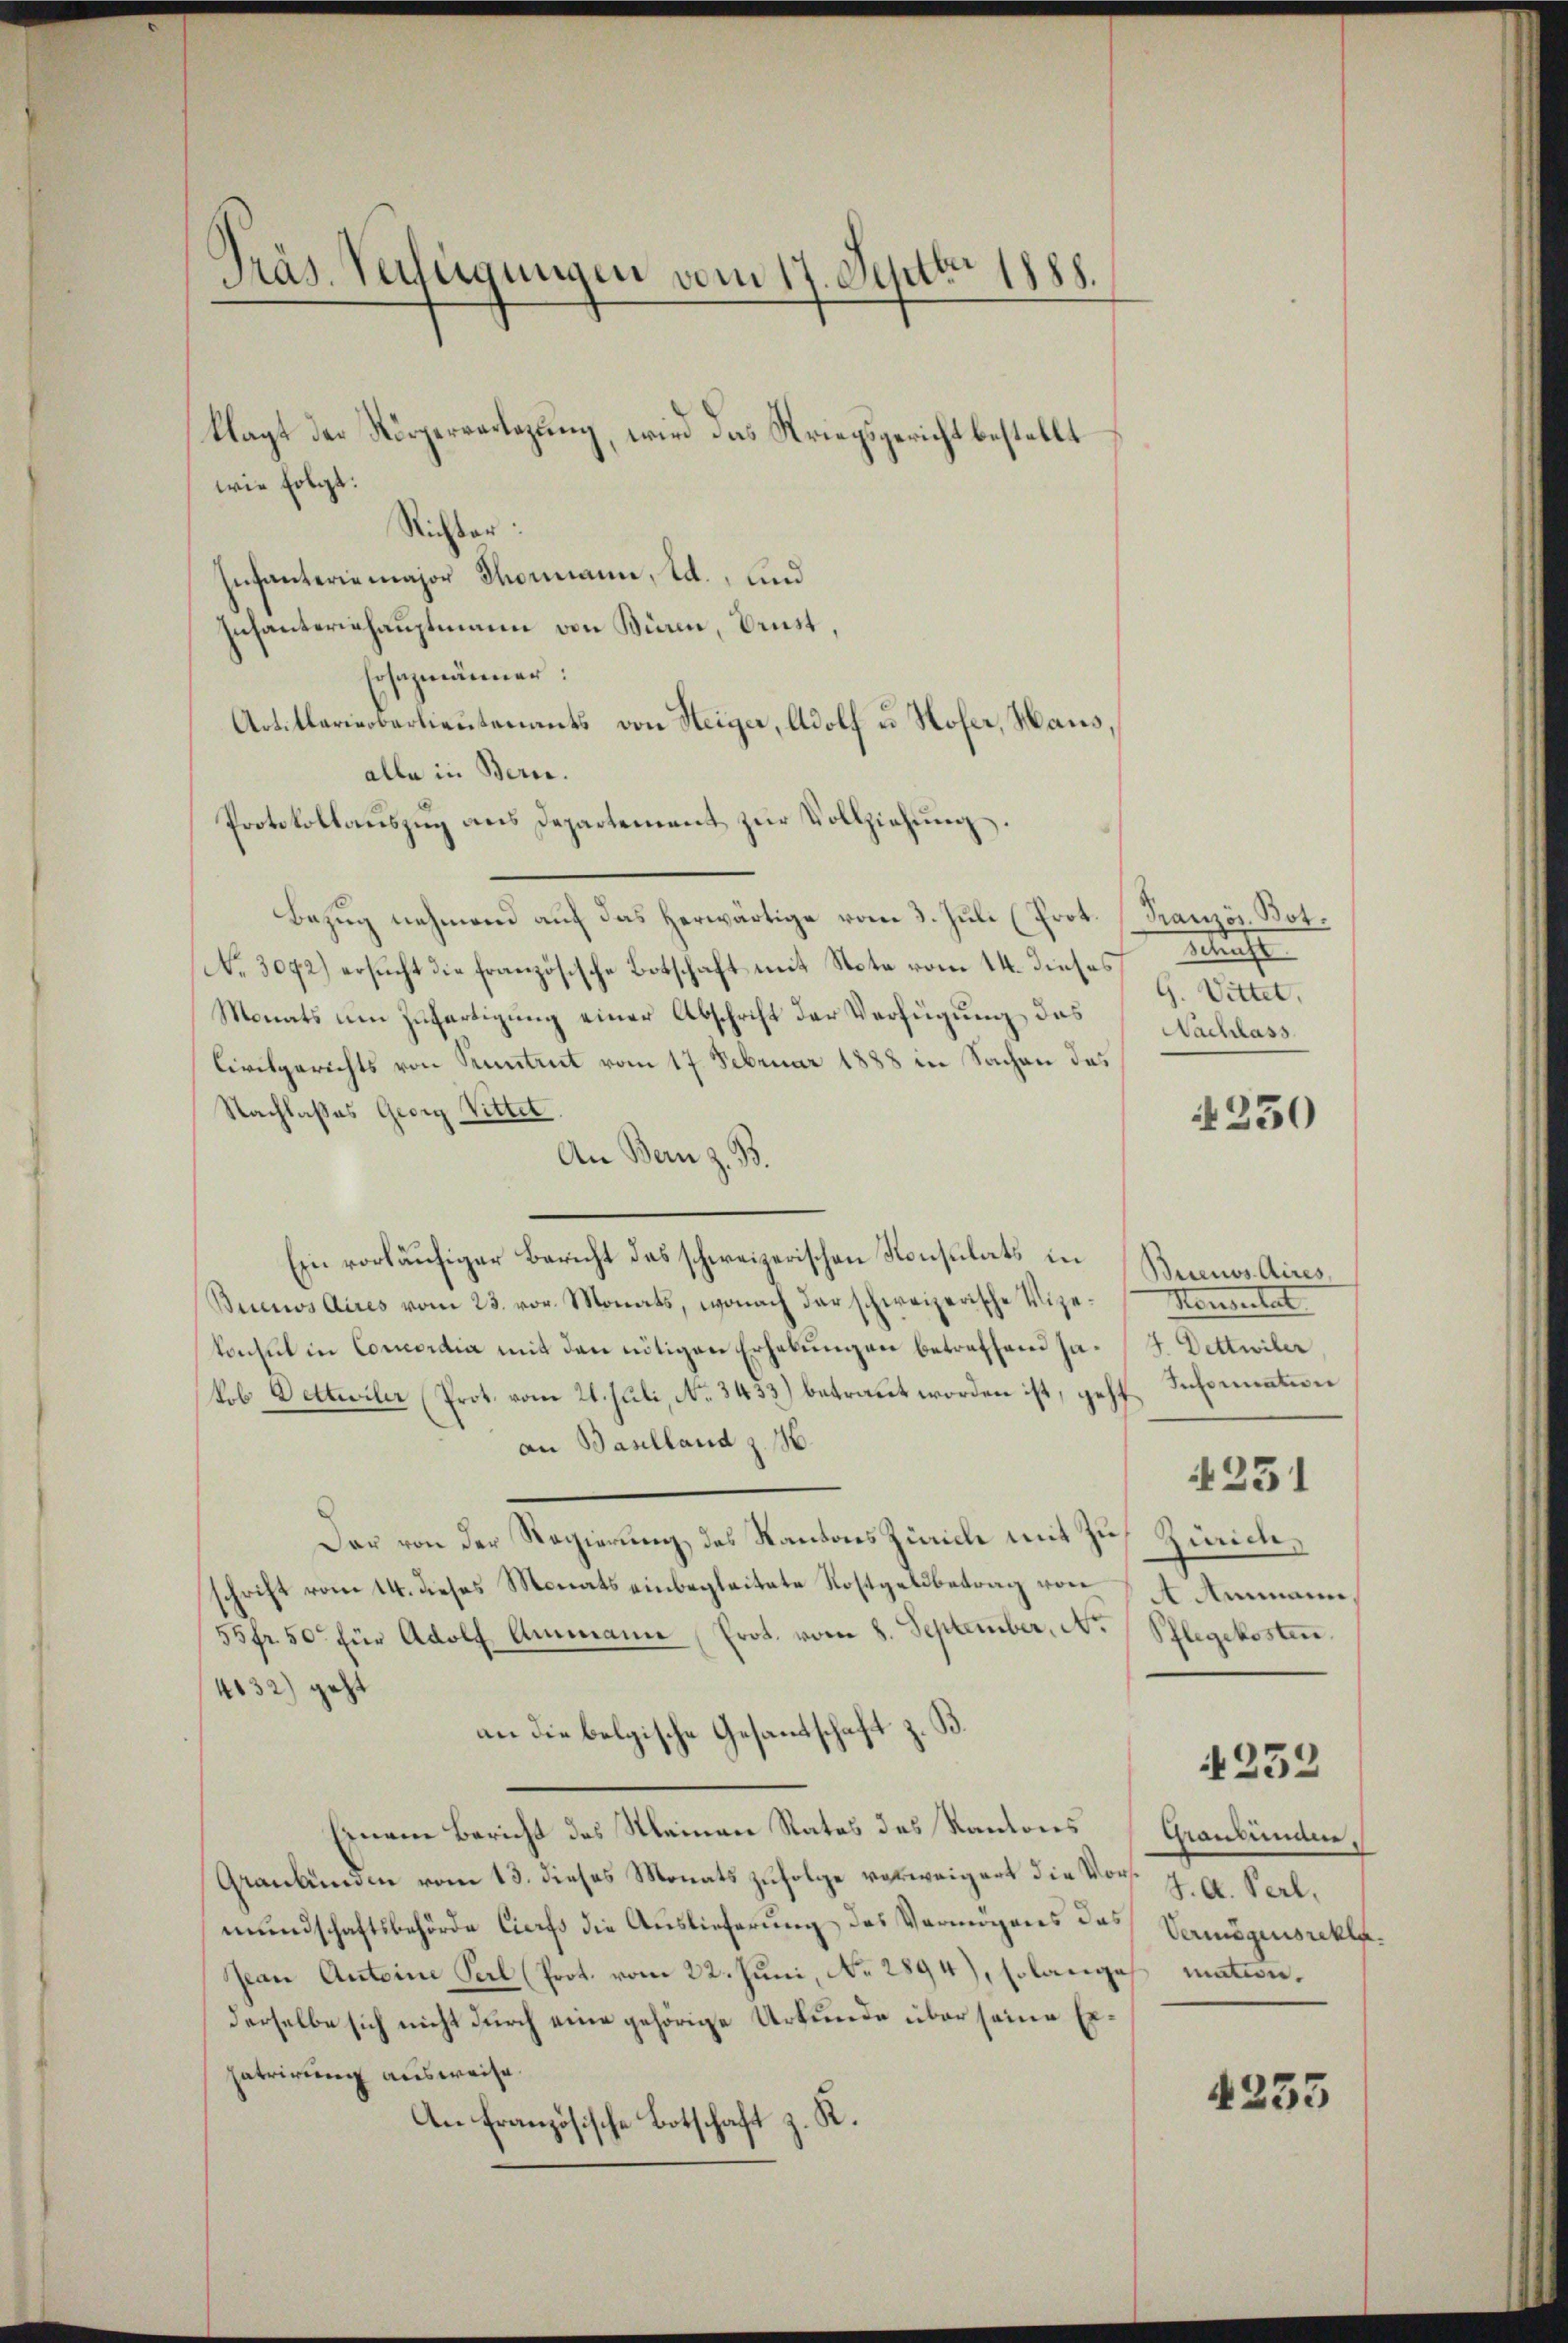
Präs. Verlegungen vom 17. Septbr. 1888.

klagt der Körperverlegung, wird das Kriegsgericht bestellt
wie folgt.
Nichter:
Infanterie major Thormann, d., und
Infanterishauptmann von Büren, Brust,
Cosazmänner:
Artillariobarlieutenants von Steiger, Adolf u. Hofer, Haus,
alle in Bern.
Protokollauszug aus Departement zur Vollziehung.
Bezug nehmend auf das herwärtige vom 3. Juli (Prot. (Französ. Bot¬
No. 3072) ersucht die französische Botschaft mit Note vom 14. dieses
Monats um Zufertigung einer Abschrift der Verfügung das
Civilgerichts von Pruntrut vom 17. Februar 1888 in Sachen das
Nachlasses Georg Wittel.
An Bern z. B.
Ein vorläufiger Bericht des schweizerischen Konsulats in
Buenos Aires vom 23. vor. Monats, wonach der schweizerische Vizekonsul in Concordia mit den nötigen Erhebungen betreffend sakob Detteiler (Prot. vom 21. Juli, No. 3433) betraut worden ist, geht
an Baselland z. H.
Das von der Regierung des Kantons Zürich mit Zuschrift vom 14. dieses Monats einbegleitete Kostgeldbetrag von
55fr. 50 für Adolf Ammann (Prot. vom 8. September, No
4632) geht
an die belgische Gesandtschaft
Einem Bericht des Kleinen Rates des Kantons
Graubünden vom 13. dieses Monats zufolge verweigert die Vors. J. A. Perl.
mundschaftsbehörde Cicrfs die Auslieferung des Vermögens das
Jean Antoine Perl (Prot. vom 22. Juni, No. 2894), solange mation.
derselbe sich nicht durch eine gehörige Urkunde über seine Er¬
Zatrirung ausweise.
An Französische Botschaft z. R.

Blecht
G. Witter,
Nachlass

230

Buenos Aires,
Mengestat
4. Dettwiler
Information
Zürich,
 Ammann.
Pflegekosten

231

4232

Chiantimane,
Vermögensrekla

4233